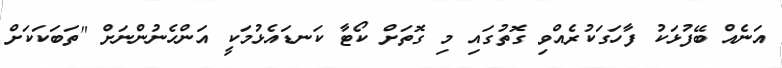
އަނެއް ބޭފުޅަކު ފާހަގަކުރެއްވި ގޮތުގައި މި ގޮތަށް ކޯޓާ ކަނޑައެޅުމަކީ އަންހެނުންނަށް "ތަބަކަކަށް